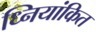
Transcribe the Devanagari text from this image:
ध्नियांकित